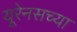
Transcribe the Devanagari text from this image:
यूरेनसच्या